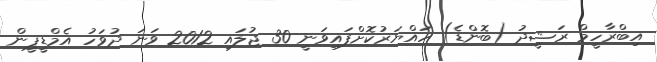
އިބްރާހީމް ރަޝީދު (ބޮންޑެ) ހައްޔަރުކޮށްފައިވަނީ 30 ޖުލައި 2012 ވަނަ ދުވަހު އެމްޑީޕީން